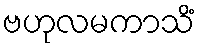
ဗဟုလမကာသိံ